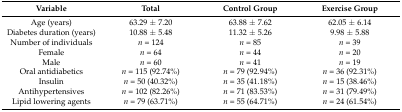
| Variable | Total | Control Group | Exercise Group |
 | --- | --- | --- | --- |
 | Age (years) | 63.29 ± 7.20 | 63.88 ± 7.62 | 62.05 ± 6.14 |
 | Diabetes duration (years) | 10.88 ± 5.48 | 11.32 ± 5.26 | 9.98 ± 5.88 |
 | Number of individuals | n = 124 | n = 85 | n = 39 |
 | Female | n = 64 | n = 44 | n = 20 |
 | Male | n = 60 | n = 41 | n = 19 |
 | Oral antidiabetics | n = 115 (92.74%) | n = 79 (92.94%) | n = 36 (92.31%) |
 | Insulin | n = 50 (40.32%) | n = 35 (41.18%) | n = 15 (38.46%) |
 | Antihypertensives | n = 102 (82.26%) | n = 71 (83.53%) | n = 31 (79.49%) |
 | Lipid lowering agents | n = 79 (63.71%) | n = 55 (64.71%) | n = 24 (61.54%) |